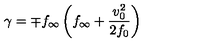
\gamma = \mp f _ { \infty } \left( f _ { \infty } + { \frac { v _ { 0 } ^ { 2 } } { 2 f _ { 0 } } } \right)